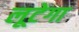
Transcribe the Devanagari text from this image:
लूटेगा